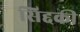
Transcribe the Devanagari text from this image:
सिद्दकी